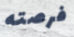
فرصته